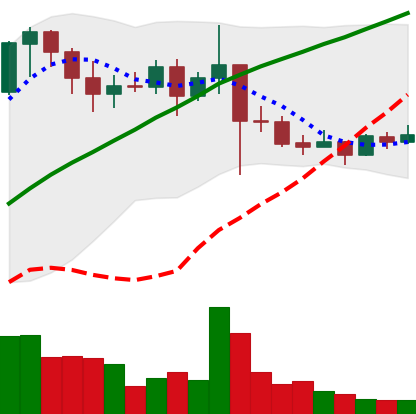
Ticker: XRP-USD
Chart end date: 2021-03-03
Forward return: 5.179%
Label: up_5_7